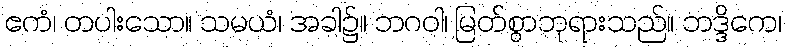
ဧကံ၊ တပါးသော။ သမယံ၊ အခါ၌။ ဘဂဝါ၊ မြတ်စွာဘုရားသည်။ ဘဒ္ဒိကေ၊